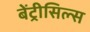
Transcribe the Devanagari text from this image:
बेंट्रीसिल्स